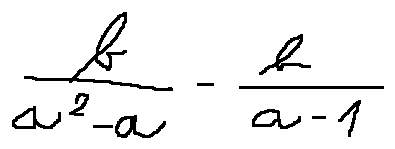
\frac { b } { a ^ { 2 } - a } - \frac { b } { a - 1 }